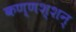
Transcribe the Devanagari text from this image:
कण्णश्शन्